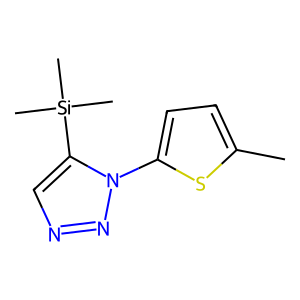
SMILES: Cc1ccc(-n2nncc2[Si](C)(C)C)s1
Inhibits HIV replication: No